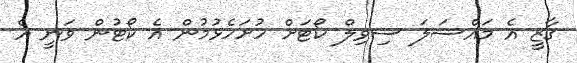
ގާޒީ އެ މައްސަލަ ސިވިލް ކޯޓަށް ހުށަހެޅުމުން އެ ކޯޓުން ވަނީ އެ